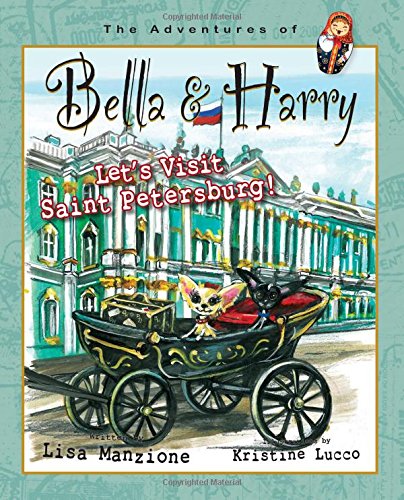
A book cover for Let's Visit Saint Petersburg!: Adventures of Bella & Harry; Lisa Manzione; Travel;